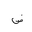
Letter: _dad